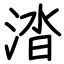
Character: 涾